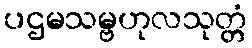
ပဌမသမ္ဗဟုလသုတ္တံ